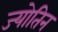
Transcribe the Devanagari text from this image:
ज्‍योतिन